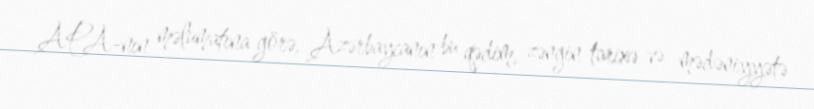
APA-nın məlumatına görə, Azərbaycanın bu qədim, zəngin tarixə və mədəniyyətə